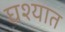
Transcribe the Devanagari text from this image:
घश्यात